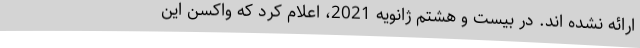
ارائه نشده اند. در بیست و هشتم ژانویه 2021، اعلام کرد که واکسن این